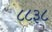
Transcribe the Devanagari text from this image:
८८३८